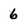
Character: 6